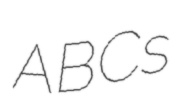
ABCs